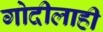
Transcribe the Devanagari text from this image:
गोदीलाही